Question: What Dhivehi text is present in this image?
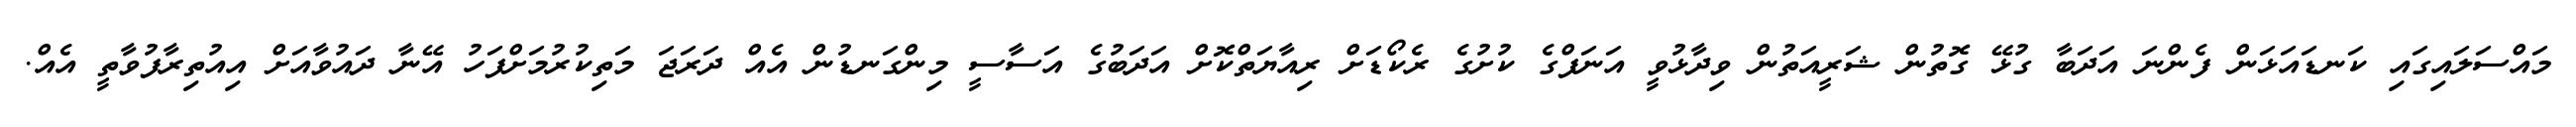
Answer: މައްސަލައިގައި ކަނޑައަޅަން ފެންނަ އަދަބާ ގުޅޭ ގޮތުން ޝަރީއަތުން ވިދާޅުވީ އަނަފްގެ ކުށުގެ ރެކޯޑަށް ރިއާޔަތްކޮށް އަދަބުގެ އަސާސީ މިންގަނޑުން އެއް ދަރަޖަ މަތިކުރުމަށްފަހު އޭނާ ދައުވާއަށް އިއުތިރާފުވާތީ އެއް.